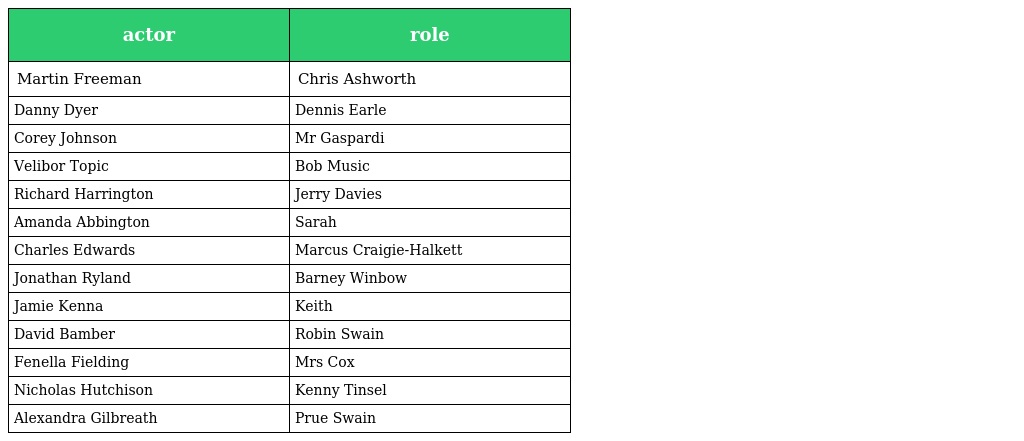
| actor | role |
 | --- | --- |
 | Martin Freeman | Chris Ashworth |
 | Danny Dyer | Dennis Earle |
 | Corey Johnson | Mr Gaspardi |
 | Velibor Topic | Bob Music |
 | Richard Harrington | Jerry Davies |
 | Amanda Abbington | Sarah |
 | Charles Edwards | Marcus Craigie-Halkett |
 | Jonathan Ryland | Barney Winbow |
 | Jamie Kenna | Keith |
 | David Bamber | Robin Swain |
 | Fenella Fielding | Mrs Cox |
 | Nicholas Hutchison | Kenny Tinsel |
 | Alexandra Gilbreath | Prue Swain |